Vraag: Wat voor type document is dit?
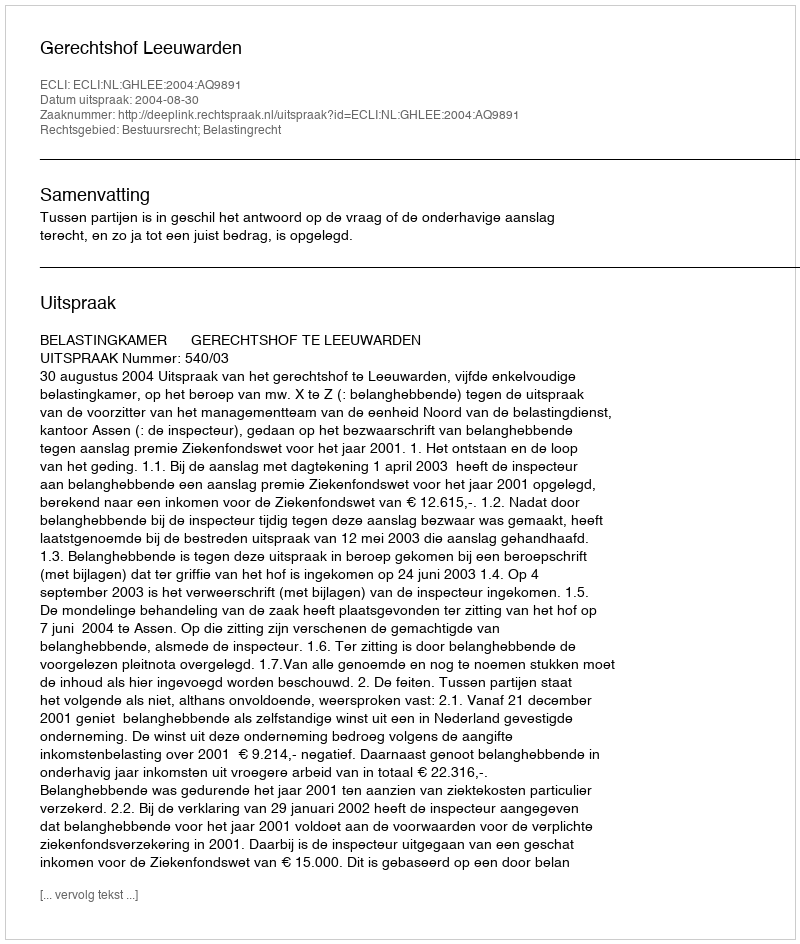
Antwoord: Uitspraak